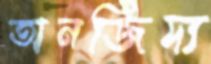
তানজিদ্য